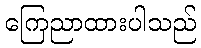
ကြေညာထားပါသည်